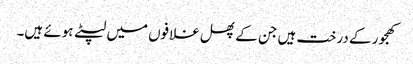
کھجور کے درخت ہیں جن کے پھل غلافوں میں لپٹے ہوئے ہیں۔